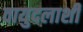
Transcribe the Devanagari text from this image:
वायुदलाशी